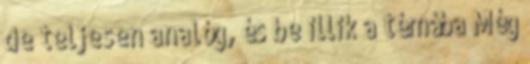
de teljesen analóg, és be illik a témába Még